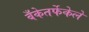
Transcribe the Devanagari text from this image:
बँकेतर्फेकेले